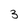
Character: 3